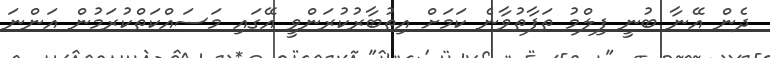
ދެން އޭނާ ބުނީ ފިލްމު ތަފާތުވާނެ ކަމަށް އިތުބާރުކުރަންވީ އޭގައި މަސައްކަތްކުރަމުން އަންނަ